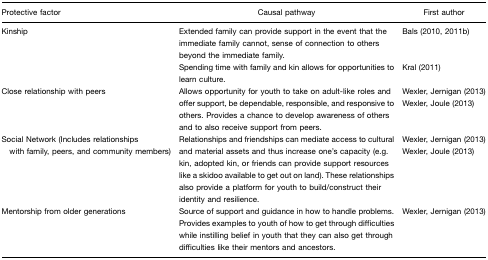
| Protective factor | Causal pathway | First author |
 | --- | --- | --- |
 | Kinship | Extended family can provide support in the event that the immediate family cannot, sense of connection to others beyond the immediate family. | Bals (2010, 2011b) |
 |  | Spending time with family and kin allows for opportunities to learn culture. | Kral (2011) |
 | Close relationship with peers | Allows opportunity for youth to take on adult-like roles and offer support, be dependable, responsible, and responsive to others. Provides a chance to develop awareness of others and to also receive support from peers. | Wexler, Jernigan (2013)Wexler, Joule (2013) |
 | Social Network (Includes relationships with family, peers, and community members) | Relationships and friendships can mediate access to cultural and material assets and thus increase one's capacity (e.g. kin, adopted kin, or friends can provide support resources like a skidoo available to get out on land). These relationships also provide a platform for youth to build/construct their identity and resilience. | Wexler, Jernigan (2013)Wexler, Joule (2013) |
 | Mentorship from older generations | Source of support and guidance in how to handle problems. Provides examples to youth of how to get through difficulties while instilling belief in youth that they can also get through difficulties like their mentors and ancestors. | Wexler, Jernigan (2013) |